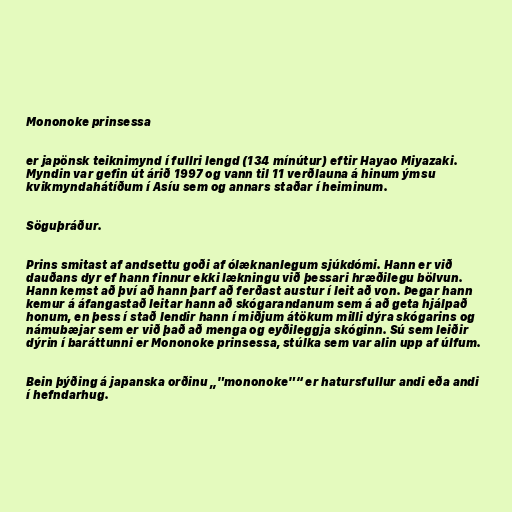
Mononoke prinsessa

er japönsk teiknimynd í fullri lengd (134 mínútur) eftir Hayao Miyazaki.
Myndin var gefin út árið 1997 og vann til 11 verðlauna á hinum ýmsu
kvikmyndahátíðum í Asíu sem og annars staðar í heiminum.

Söguþráður.

Prins smitast af andsettu goði af ólæknanlegum sjúkdómi. Hann er við
dauðans dyr ef hann finnur ekki lækningu við þessari hræðilegu bölvun.
Hann kemst að því að hann þarf að ferðast austur í leit að von. Þegar hann
kemur á áfangastað leitar hann að skógarandanum sem á að geta hjálpað
honum, en þess í stað lendir hann í miðjum átökum milli dýra skógarins og
námubæjar sem er við það að menga og eyðileggja skóginn. Sú sem leiðir
dýrin í baráttunni er Mononoke prinsessa, stúlka sem var alin upp af úlfum.

Bein þýðing á japanska orðinu „"mononoke"“ er hatursfullur andi eða andi
í hefndarhug.